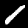
Label: 1